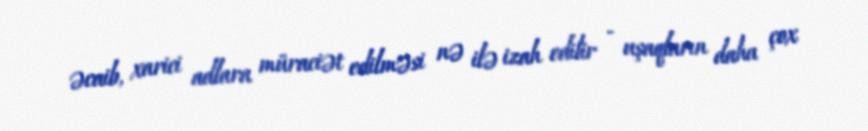
əcaib, xarici adlara müraciət edilməsi nə ilə izah edilir - uşaqların daha çox